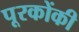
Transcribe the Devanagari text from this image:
पूरकोंकी